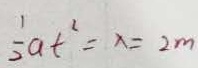
\frac { 1 } { 2 } a t ^ { 2 } = x = 2 m